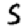
Digit: 5